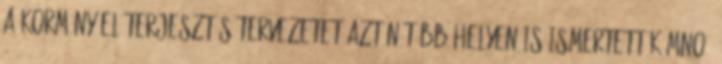
a kormány előterjesztés-tervezetet aztán több helyen is ismertették MNO,